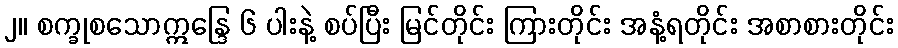
၂။ စက္ခုစသောဣန္ဒြေ ၆ ပါးနဲ့ စပ်ပြီး မြင်တိုင်း ကြားတိုင်း အနံ့ရတိုင်း အစာစားတိုင်း